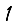
Digit: 1